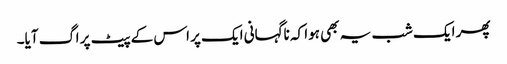
پھر ایک شب یہ بھی ہوا کہ ناگہانی ایک پر اس کے پیٹ پر اگ آیا۔